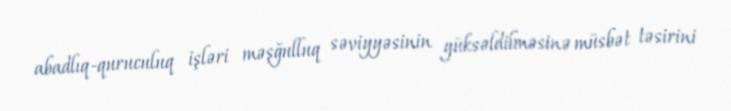
abadlıq-quruculuq işləri məşğulluq səviyyəsinin yüksəldilməsinə müsbət təsirini